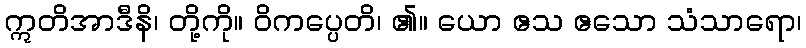
ဣတိအာဒီနိ၊ တို့ကို။ ဝိကပ္ပေတိ၊ ၏။ ယော ဧသ ဧသော သံသာရော၊